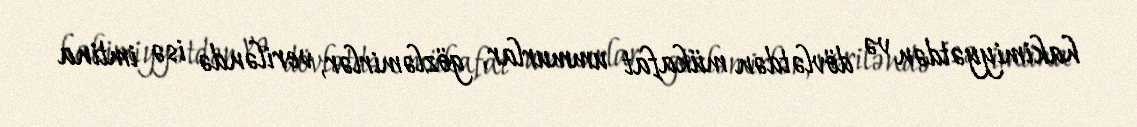
hakimiyyətdən və dövlətdən mükafat ummurlar, gözləmirlər, veriləndə isə imtina